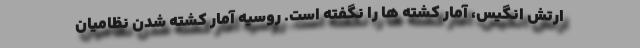
ارتش انگیس، آمار کشته ها را نگفته است. روسیه آمار کشته شدن نظامیان